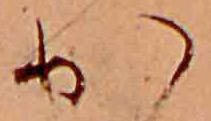
か